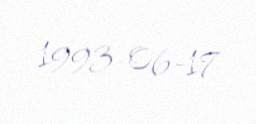
1993-06-17